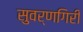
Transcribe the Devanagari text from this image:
सुवर्णगिरी